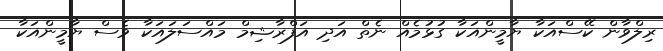
ރިލްވާން ކޭސްއަކާ ޔާމީންއަކާ ގުޅުމެއް ނެތް އަދި އަފްރާޝިމް މައްސަލައަކާ ވެސް ޔާމީންއަކާ